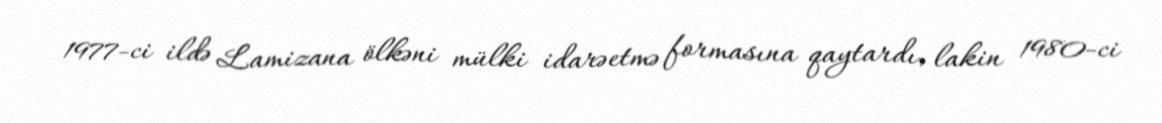
1977-ci ildə Lamizana ölkəni mülki idarəetmə formasına qaytardı, lakin 1980-ci